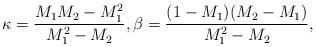
LaTeX: \begin{align*} \kappa=\frac{M_1M_2-M_1^2}{M_1^2-M_2}, \beta=\frac{(1-M_1)(M_2-M_1)}{M_1^2-M_2},\end{align*}